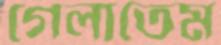
গেলাতেম